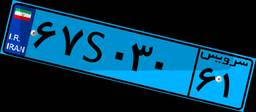
۶۷S۰۳۰۶۱